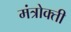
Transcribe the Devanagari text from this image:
मंत्रोक्ती